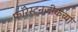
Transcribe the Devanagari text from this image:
फॉरेस्टनजीकच्या